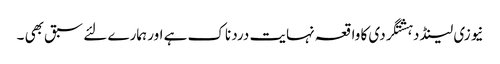
نیوزی لینڈ دہشتگردی کا واقعہ نہایت درد ناک ہے اور ہمارے لئے سبق بھی ۔